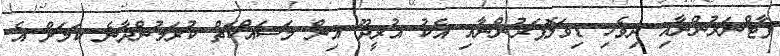
ޕާޓްނަރުންނާއި ދިވެހި ޑިވަލޮޕަރުންނާއި އެކު އުރީދޫ އިން މަސައްކަތް ކުރަމުންދާނެ ކަމަށް އެ